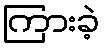
ကြားခဲ့